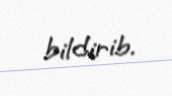
bildirib.